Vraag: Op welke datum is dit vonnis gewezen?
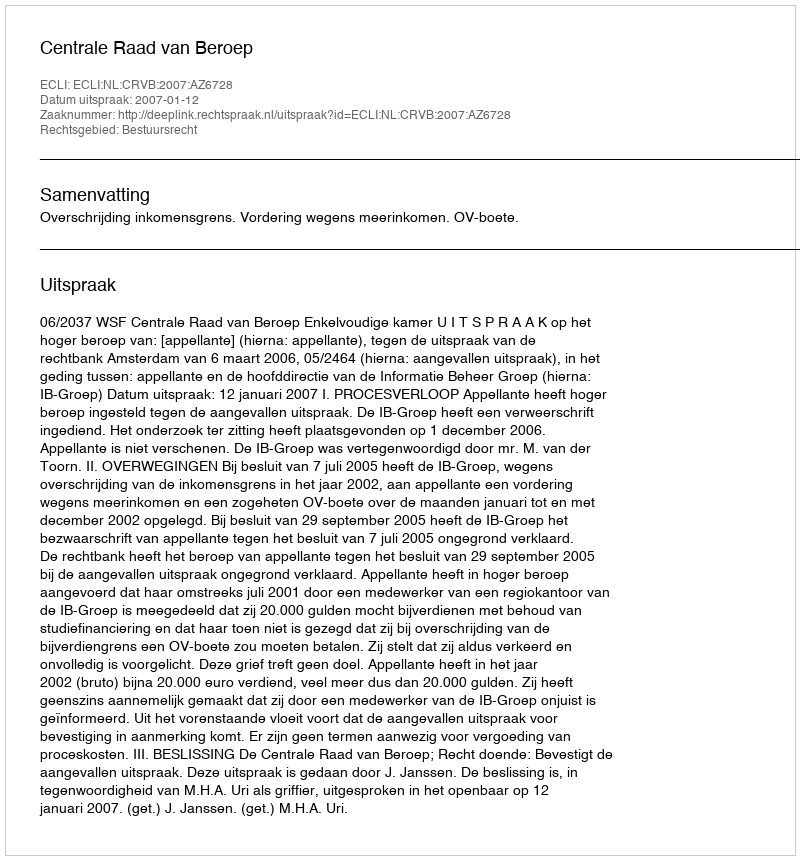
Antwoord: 2007-01-12